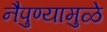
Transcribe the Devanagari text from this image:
नैपुण्यामुळे